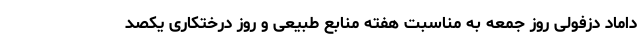
داماد دزفولی روز جمعه به مناسبت هفته منابع طبیعی و روز درختکاری یکصد